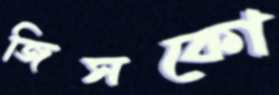
জিসকো